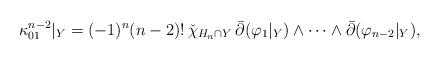
LaTeX: \begin{align*}\kappa^{n-2}_{01}|_Y = (-1)^n(n-2)!\, \check{\chi}_{H_{n}\cap Y}\, \bar{\partial}(\varphi_1|_Y) \wedge \dots \wedge \bar{\partial}(\varphi_{n-2}|_Y),\end{align*}